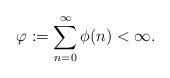
LaTeX: \begin{align*}\varphi:=\sum_{n=0}^\infty\phi(n)<\infty. \end{align*}